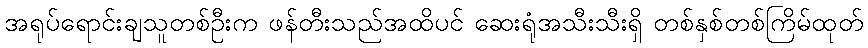
အရုပ်ရောင်းချသူတစ်ဦးက ဖန်တီးသည်အထိပင် ဆေးရုံအသီးသီးရှိ တစ်နှစ်တစ်ကြိမ်ထုတ်